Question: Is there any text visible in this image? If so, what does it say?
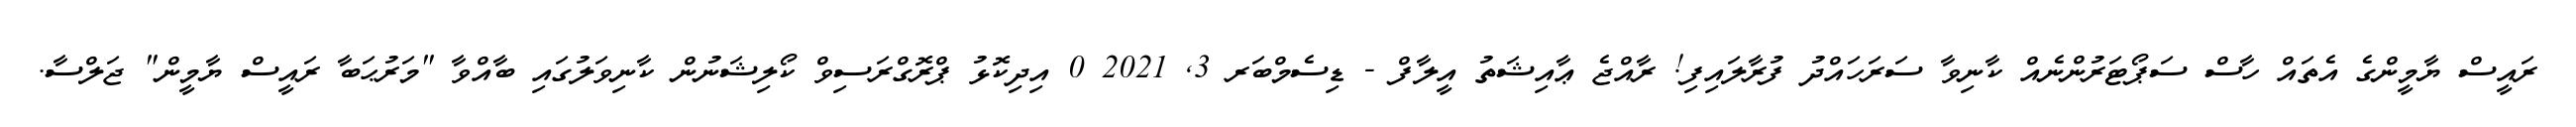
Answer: ރައީސް ޔާމީންގެ އެތައް ހާސް ސަޕޯޓަރުންނެއް ކާނިވާ ސަރަހައްދު ފުރާލައިފި! ރާއްޖެ ޢާއިޝަތު އީލާފް - ޑިސެމްބަރ 3, 2021 0 އިދިކޮޅު ޕްރޮގްރަސިވް ކޯލިޝަނުން ކާނިވަލުގައި ބާއްވާ "މަރުޙަބާ ރައީސް ޔާމީން" ޖަލްސާ.